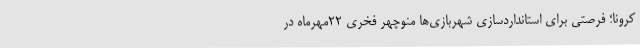
کرونا؛ فرصتی برای استانداردسازی‌ شهربازی‌ها منوچهر فخری 22مهرماه در